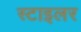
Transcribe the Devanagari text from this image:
स्टाइलर